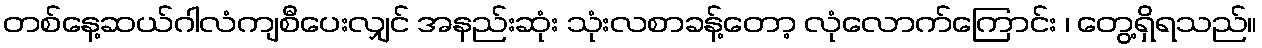
တစ်နေ့ဆယ်ဂါလံကျစီပေးလျှင် အနည်းဆုံး သုံးလစာခန့်တော့ လုံလောက်ကြောင်း ၊ တွေ့ရှိရသည်။